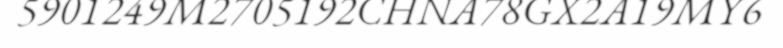
5901249M2705192CHNA78GX2A19MY6